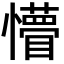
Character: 懵